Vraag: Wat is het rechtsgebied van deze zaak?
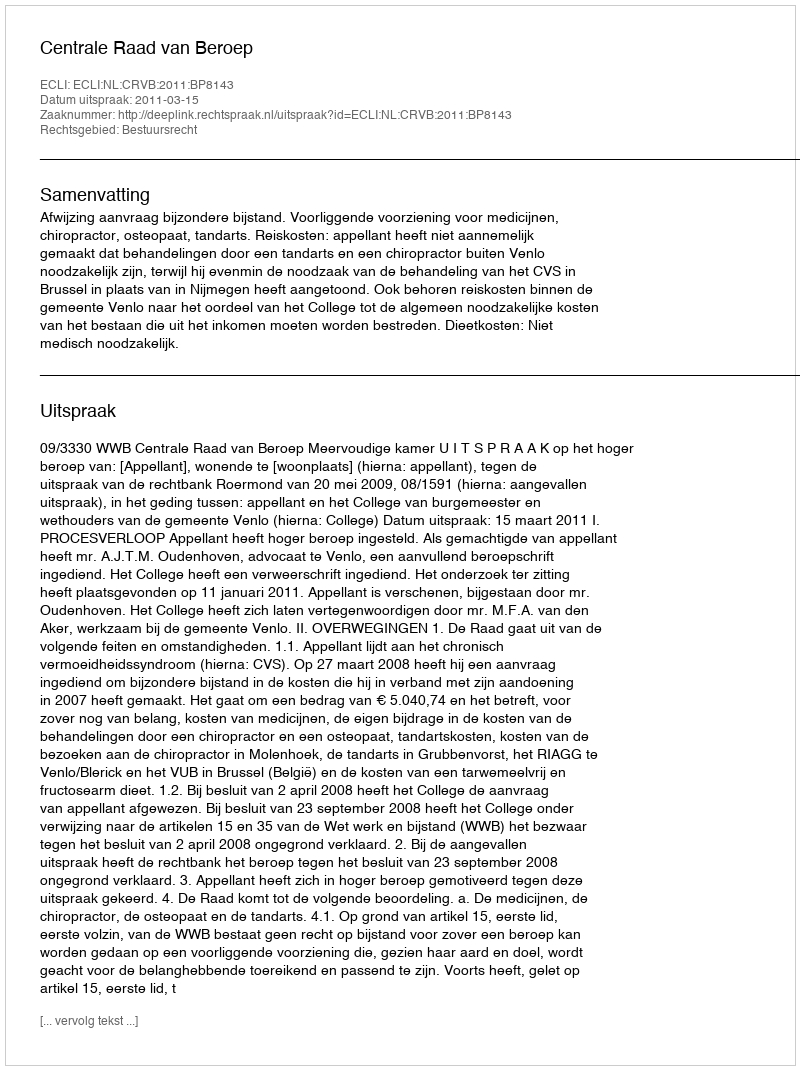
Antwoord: Bestuursrecht